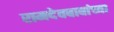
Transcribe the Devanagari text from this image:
रामदेवबाबांच्या